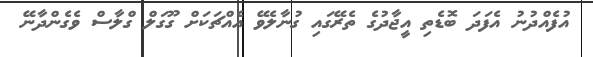
އުފެއްދުނު އެފަދަ ބޮޑެތި އީޖާދުގެ ތެރޭގައި ގުނާލެވޭ އެއްޗަކަށް ގޫގަލް ގްލާސް ވެގެންދާނޭ